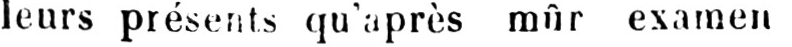
leurs présents qu’après mûr examen